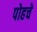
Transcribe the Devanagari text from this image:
पोहचे